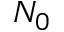
N _ { 0 }